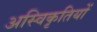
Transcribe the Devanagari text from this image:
अस्विकृतियों